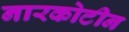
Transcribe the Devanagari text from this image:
नारकोटीन